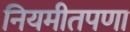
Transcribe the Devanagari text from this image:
नियमीतपणा